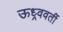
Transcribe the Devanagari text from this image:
ऊध्र्ववर्ती